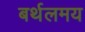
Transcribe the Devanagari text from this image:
बर्थलमय